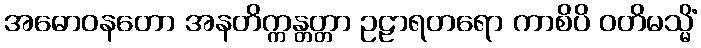
အဓောဝနတော အနတိက္ကန္တတ္တာ ဥဠာရတရော ကာစိပိ ဝတိမသ္မိံ